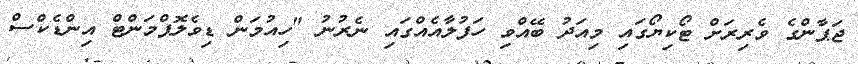
ޖަޕާންގެ ވެރިރަށް ޓޯކިޔޯގައި މިއަދު ބޭއްވި ހަފުލާއެއްގައި ނެރުނު "ހިއުމަން ޑިވެލޮޕްމަންޓް އިންޑެކްސް